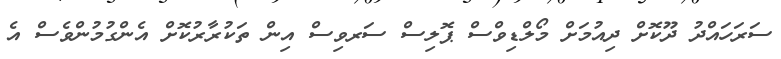
ސަރަހައްދު ދޫކޮށް ދިއުމަށް މޯލްޑިވްސް ޕޮލިސް ސަރވިސް އިން ތަކުރާރުކޮށް އެންގުމުންވެސް އެ